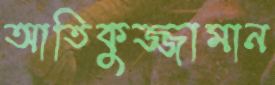
আতিকুজ্জামান